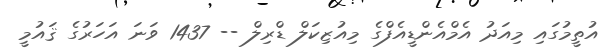
އުތީމުގައި މިއަދު އެމްއެންޑީއެފްގެ މިއުޒިކަލް ޑްރިލް -- 1437 ވަނަ އަހަރުގެ ޤައުމީ